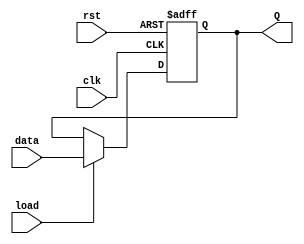
`timescale 1ns / 1ps

module n_bit_reg_load_reset #(parameter N = 5)(
input clk, load, rst, input [N-1:0] data, output reg [N-1:0] Q  
    );
    always @ (posedge clk or posedge rst)
        if (rst) begin
         Q <= {N{1'b0}};
         end
         else begin
             if (load) begin
            Q <= data;
            end      
     end 
endmodule